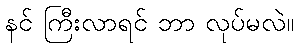
နင် ကြီးလာရင် ဘာ လုပ်မလဲ။